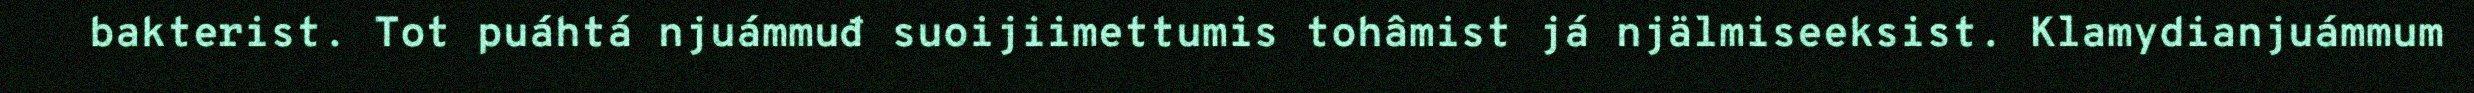
bakterist. Tot puáhtá njuámmuđ suoijiimettumis tohâmist já njälmiseeksist. Klamydianjuámmum